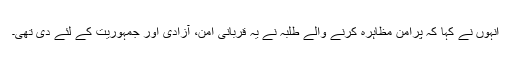
انہوں نے کہا کہ پرامن مظاہرہ کرنے والے طلبہ نے یہ قربانی امن، آزادی اور جمہوریت کے لئے دی تھی۔